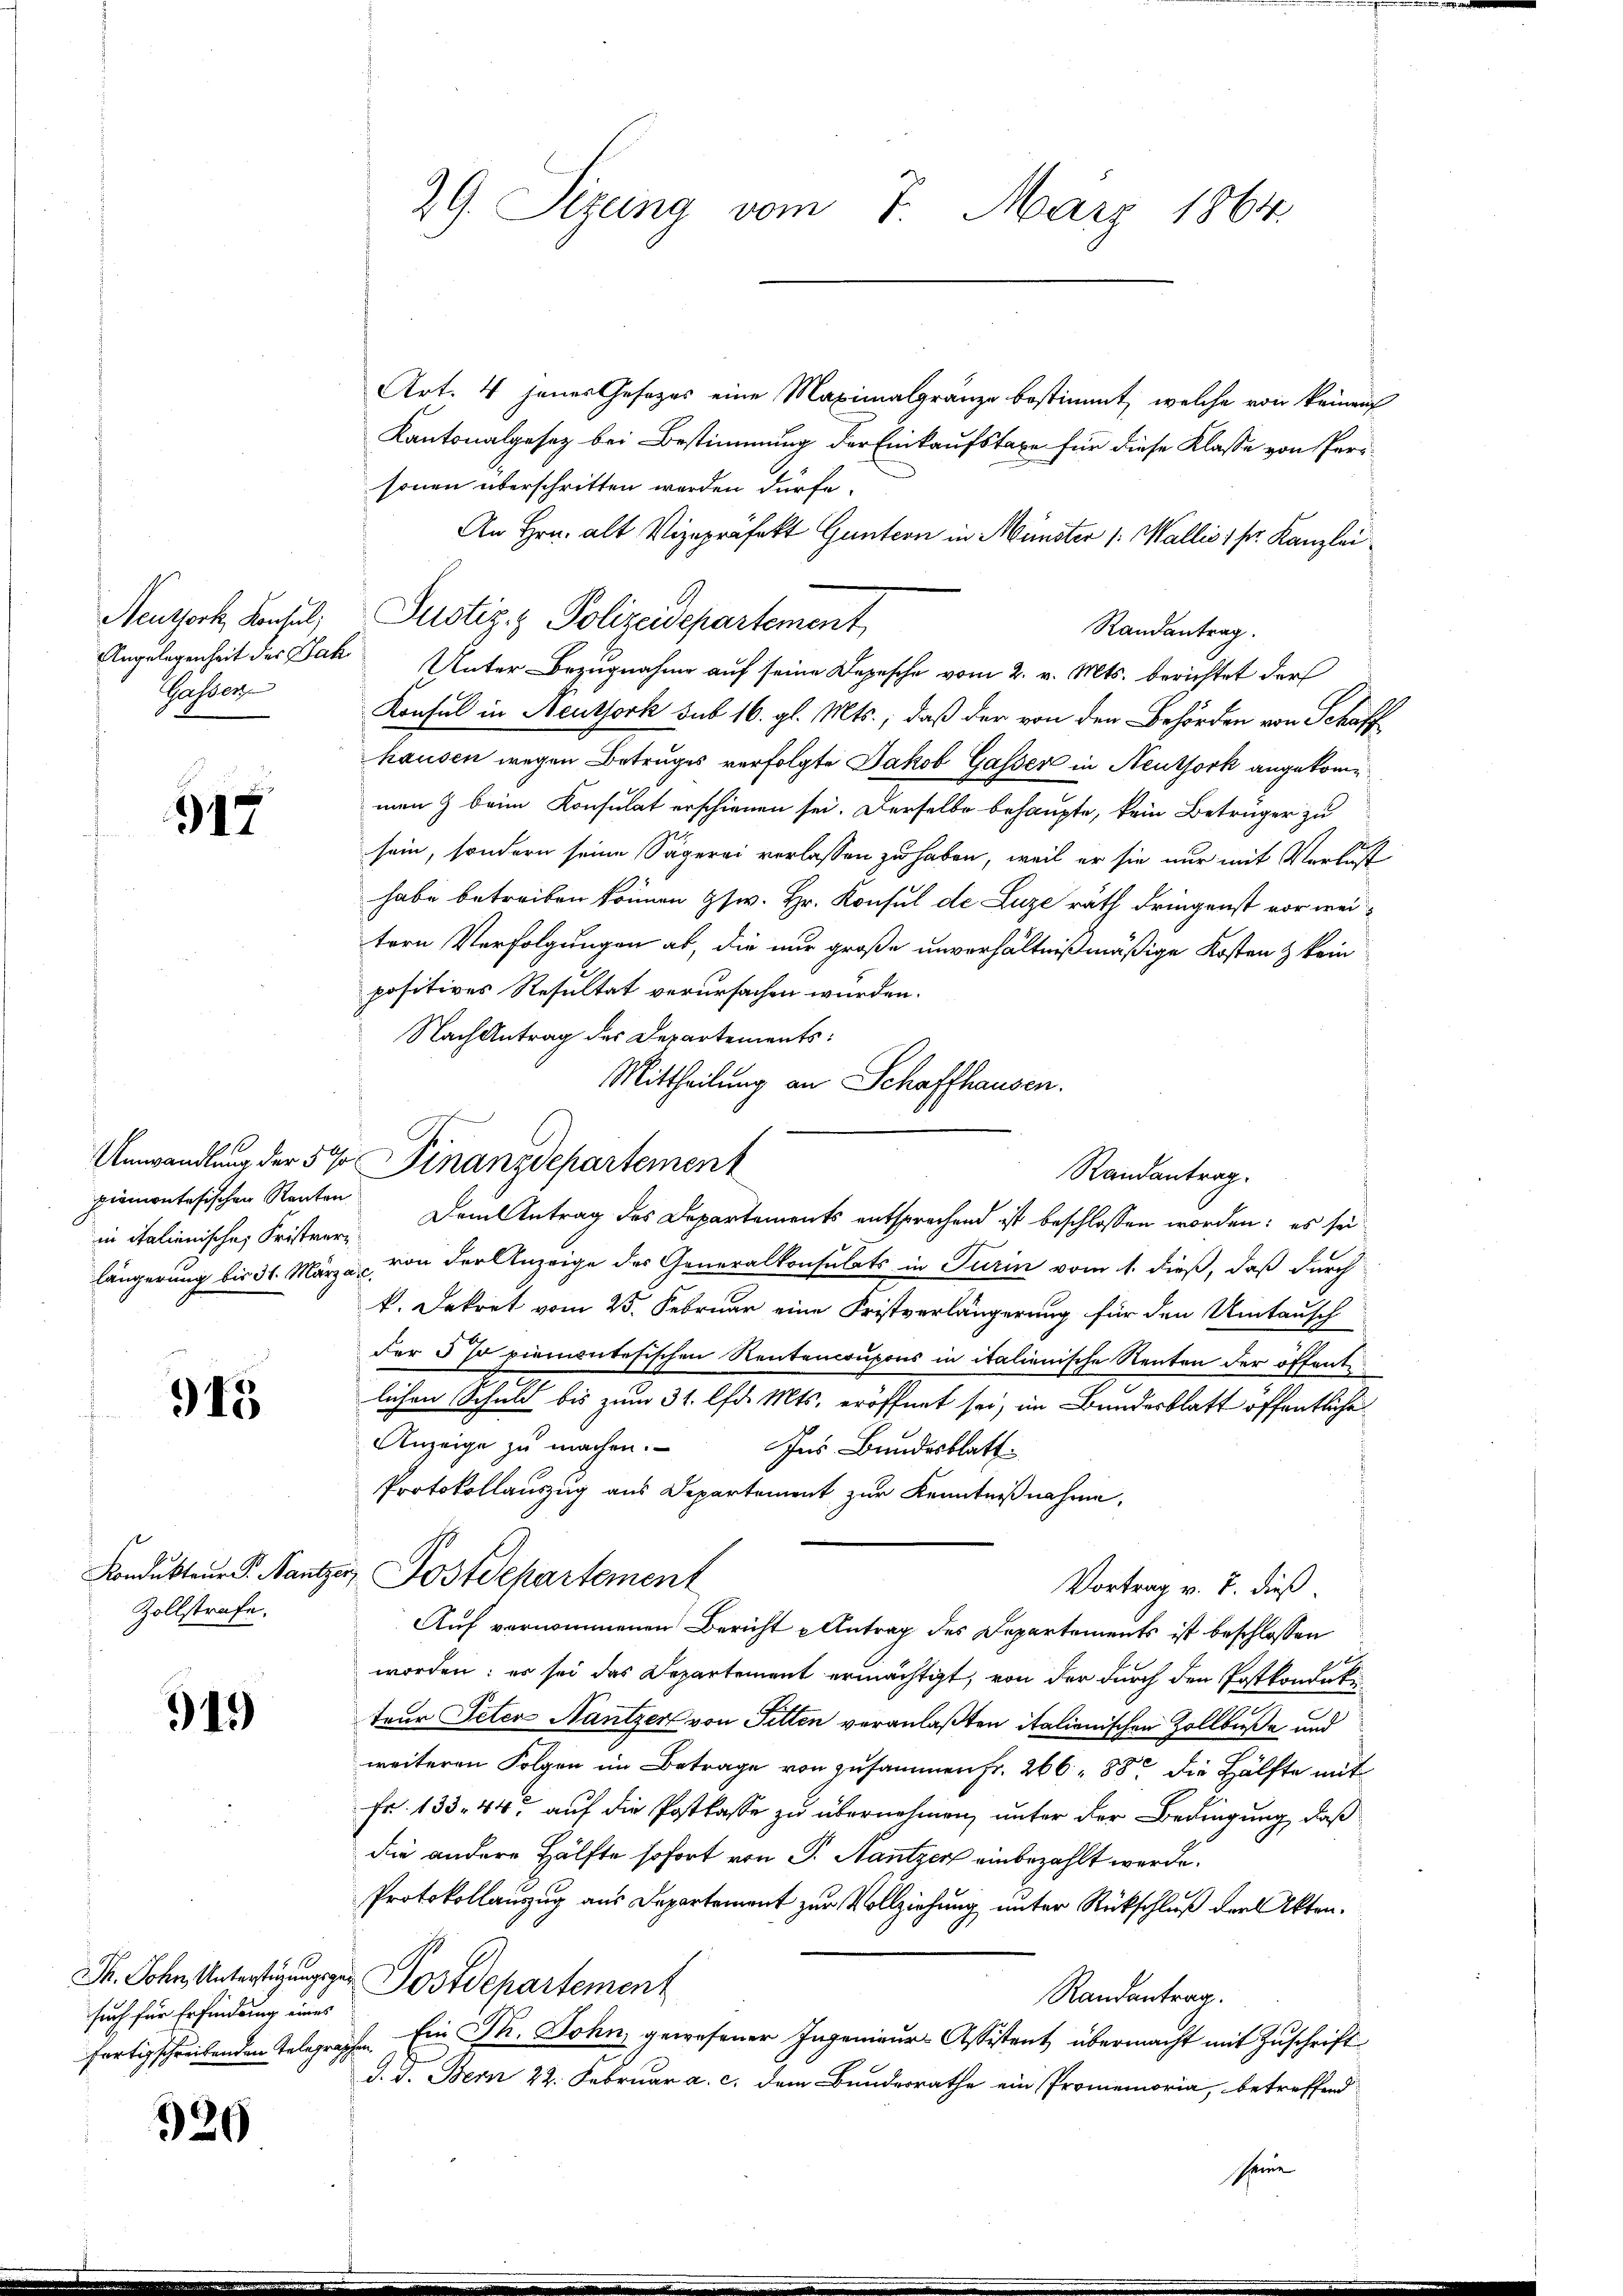
Neuthork, Konsul
Gasser

317

piemontesischen Renten
in Italienischen Fristver

945

Zollstrafe.

919

Art. 4 jenes Gesezes eine Maximalgränze bestimmt, welche von keinen
Kantonalgesez bei Bestimmung der Einkaufstaxe für diese Klasse von Personen überschritten werden dürfe.
An Hrn. alt Vizepräfekt Guntern in Münster /: Wallis 1 Fr. Kanzlei
Randantrag.
Angelegenheit des Jak Unter Bezugnahme auf seine Depesche vom 2. v. Mts. berichtet der
Konsul in Neuthork sub 16. gl. Mts., daß der von den Behörden von Schaff
hausen wegen Betruges verfolgte Jakob Gasser in Neuthork angekommen & beim Konsulat erschienen sei. Derselbe behaupte, kein Betrüger zu
sein, sondern seine Sägerei verlassen zu haben, weil er sie nur mit Verlust
habe betreiben können Gsw. Hr. Konsul de Luze rath dringenst vor weitern Verfolgungen ab, die nur große unverhältnißmäßige Kosten & kein
positives Resultat verursachen würden.
Nach Antrag des Departements:
Mittheilung an Schaffhausen.
Dem Antrag des Departements entsprechend ist beschlossen worden; es sei
längerung bis 31. März a. von der Anzeige des Generalkonsulats in Turin vom 1. dieß, daß durch
k. Dekret vom 25. Februar eine Fristverlängerung für den Umtausch
der 5 % piemontesischen Rentencoupons in italienische Renten der öffent
lichen Schuld bis zum 31. lfd. Mts. eröffnet sei, im Bundesblatt öffentliche
Anzeige zu machen. Ins Bundesblatt
Protokollauszug aus Departement zur Kenntnißnahme,
Kondukteur P. Nantzer, Postdepartement
Vortrag v. 7. dieß
Auf vernommenen Bericht Antrag des Departements ist beschlossen
worden: es sei das Departement ermächtigt, von der durch den Postkonduki
teur Peten Nantzer von Sitten veranlaßten italienischen Zollbuße und
weiteren Folgen im Betrage von zusammen fr. 266, 88 die Hälfte mit
Fr. 133. 44 auf die Postkasse zu übernehmen, unter der Bedingung, daß
die andere Hälfte sofort von P. Nantzer einbezahlt werde.
Protokollauszug aus Departement zur Vollziehung unter Rückschluß der Akten¬
Th. Sohn, Untertigung zur Postdepartement
Randantrag.
fertig schreibenden Telegraphen. Ein P. John gewesener Ingenieur-Assistent übermacht mit Zuschrift
d. d. Bern 22. Februar a. c. dem Bundesrathe ein Promemoria, betreffend
seine

such für Erfindung eines

320

29. Sizung vom 7. März 1864.

Justiz- & Polizeidepartement

Umwandlung der 5 % Finanzdepartement

Randantrag.